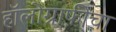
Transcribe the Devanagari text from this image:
हॉलोग्राफीचा